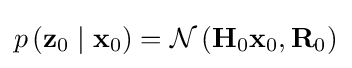
p\left(\mathbf {z} _{0}\mid \mathbf {x} _{0}\right)={\mathcal {N}}\left(\mathbf {H} _{0}\mathbf {x} _{0},\mathbf {R} _{0}\right)